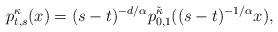
LaTeX: \begin{align*}p^\kappa_{t,s}(x)=(s-t)^{-d/\alpha}p^{\tilde\kappa}_{0,1}((s-t)^{-1/\alpha}x),\end{align*}